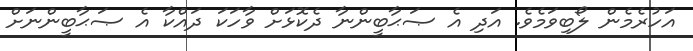
އަހުރެމެން ލޯބިވަމެވެ. އަދި އެ ޞަޙާބީންނާ ދެކޮޅަށް ވާހަކަ ދައްކާ އެ ޞަޙާބީންނަށް